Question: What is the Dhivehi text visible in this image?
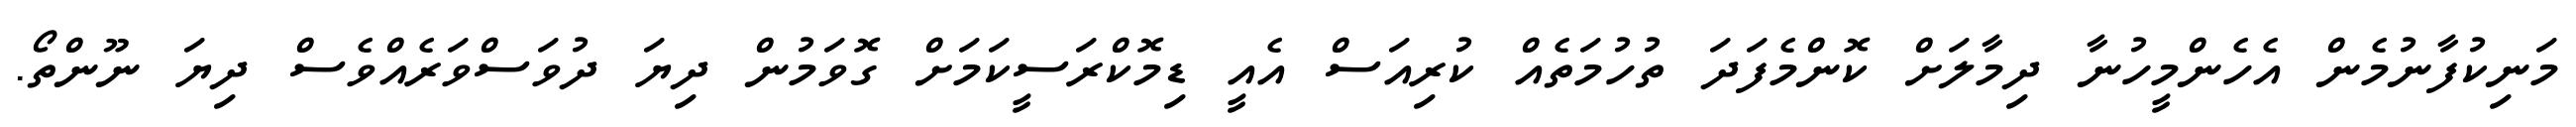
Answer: މަނިކުފާނުމެން އެހެންމީހުނާ ދިމާލަށް ކޮންމެފަދަ ތުހުމަތެއް ކުރިއަސް އެއީ ޑިމޮކްރަސީކަމަށް ގޮވަމުން ދިޔަ ދުވަސްވަރެއްވެސް ދިޔަ ނޫންތޯ.